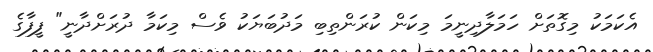
އެކަމަކު މިގޮތަށް ހަމަލާދިނީމަ މިކަން ކުރަންތިބި މަދުބަޔަކު ވެސް މިކަމާ ދުރަށްދާނީ" ފީފާގެ